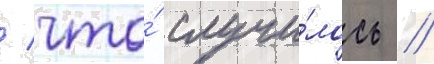
/ что́ случи́лось /